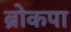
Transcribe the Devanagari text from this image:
ब्रोकपा